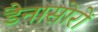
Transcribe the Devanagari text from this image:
डैनासोरों